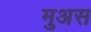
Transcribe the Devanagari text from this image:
मुअस